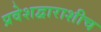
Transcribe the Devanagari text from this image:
प्रवेशद्वाराशीच